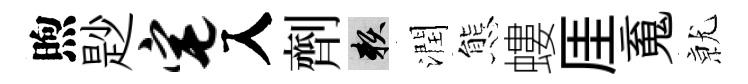
煦尟宅入劑賴潤態螻厓䰟𭕒